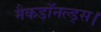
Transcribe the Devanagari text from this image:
मैकडॉनल्ड्स।